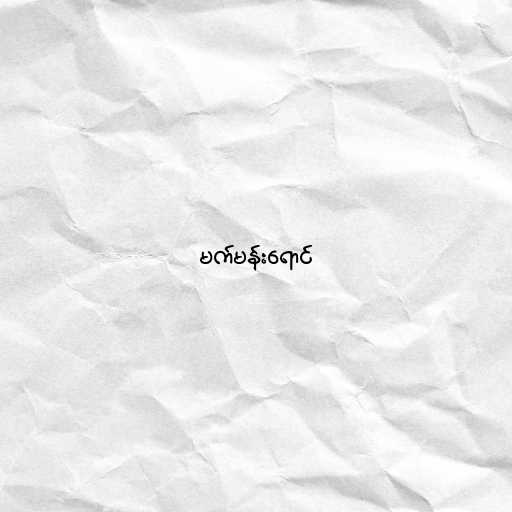
မက်မန်းရောင်